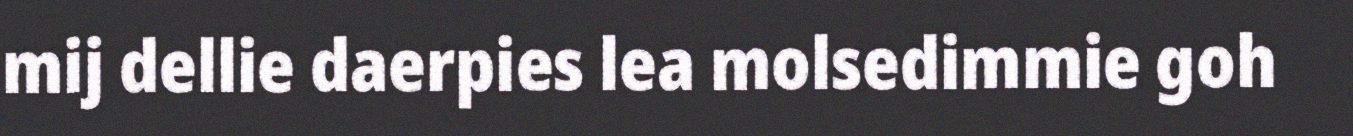
mij dellie daerpies lea molsedimmie goh